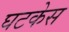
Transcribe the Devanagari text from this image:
घटकेस